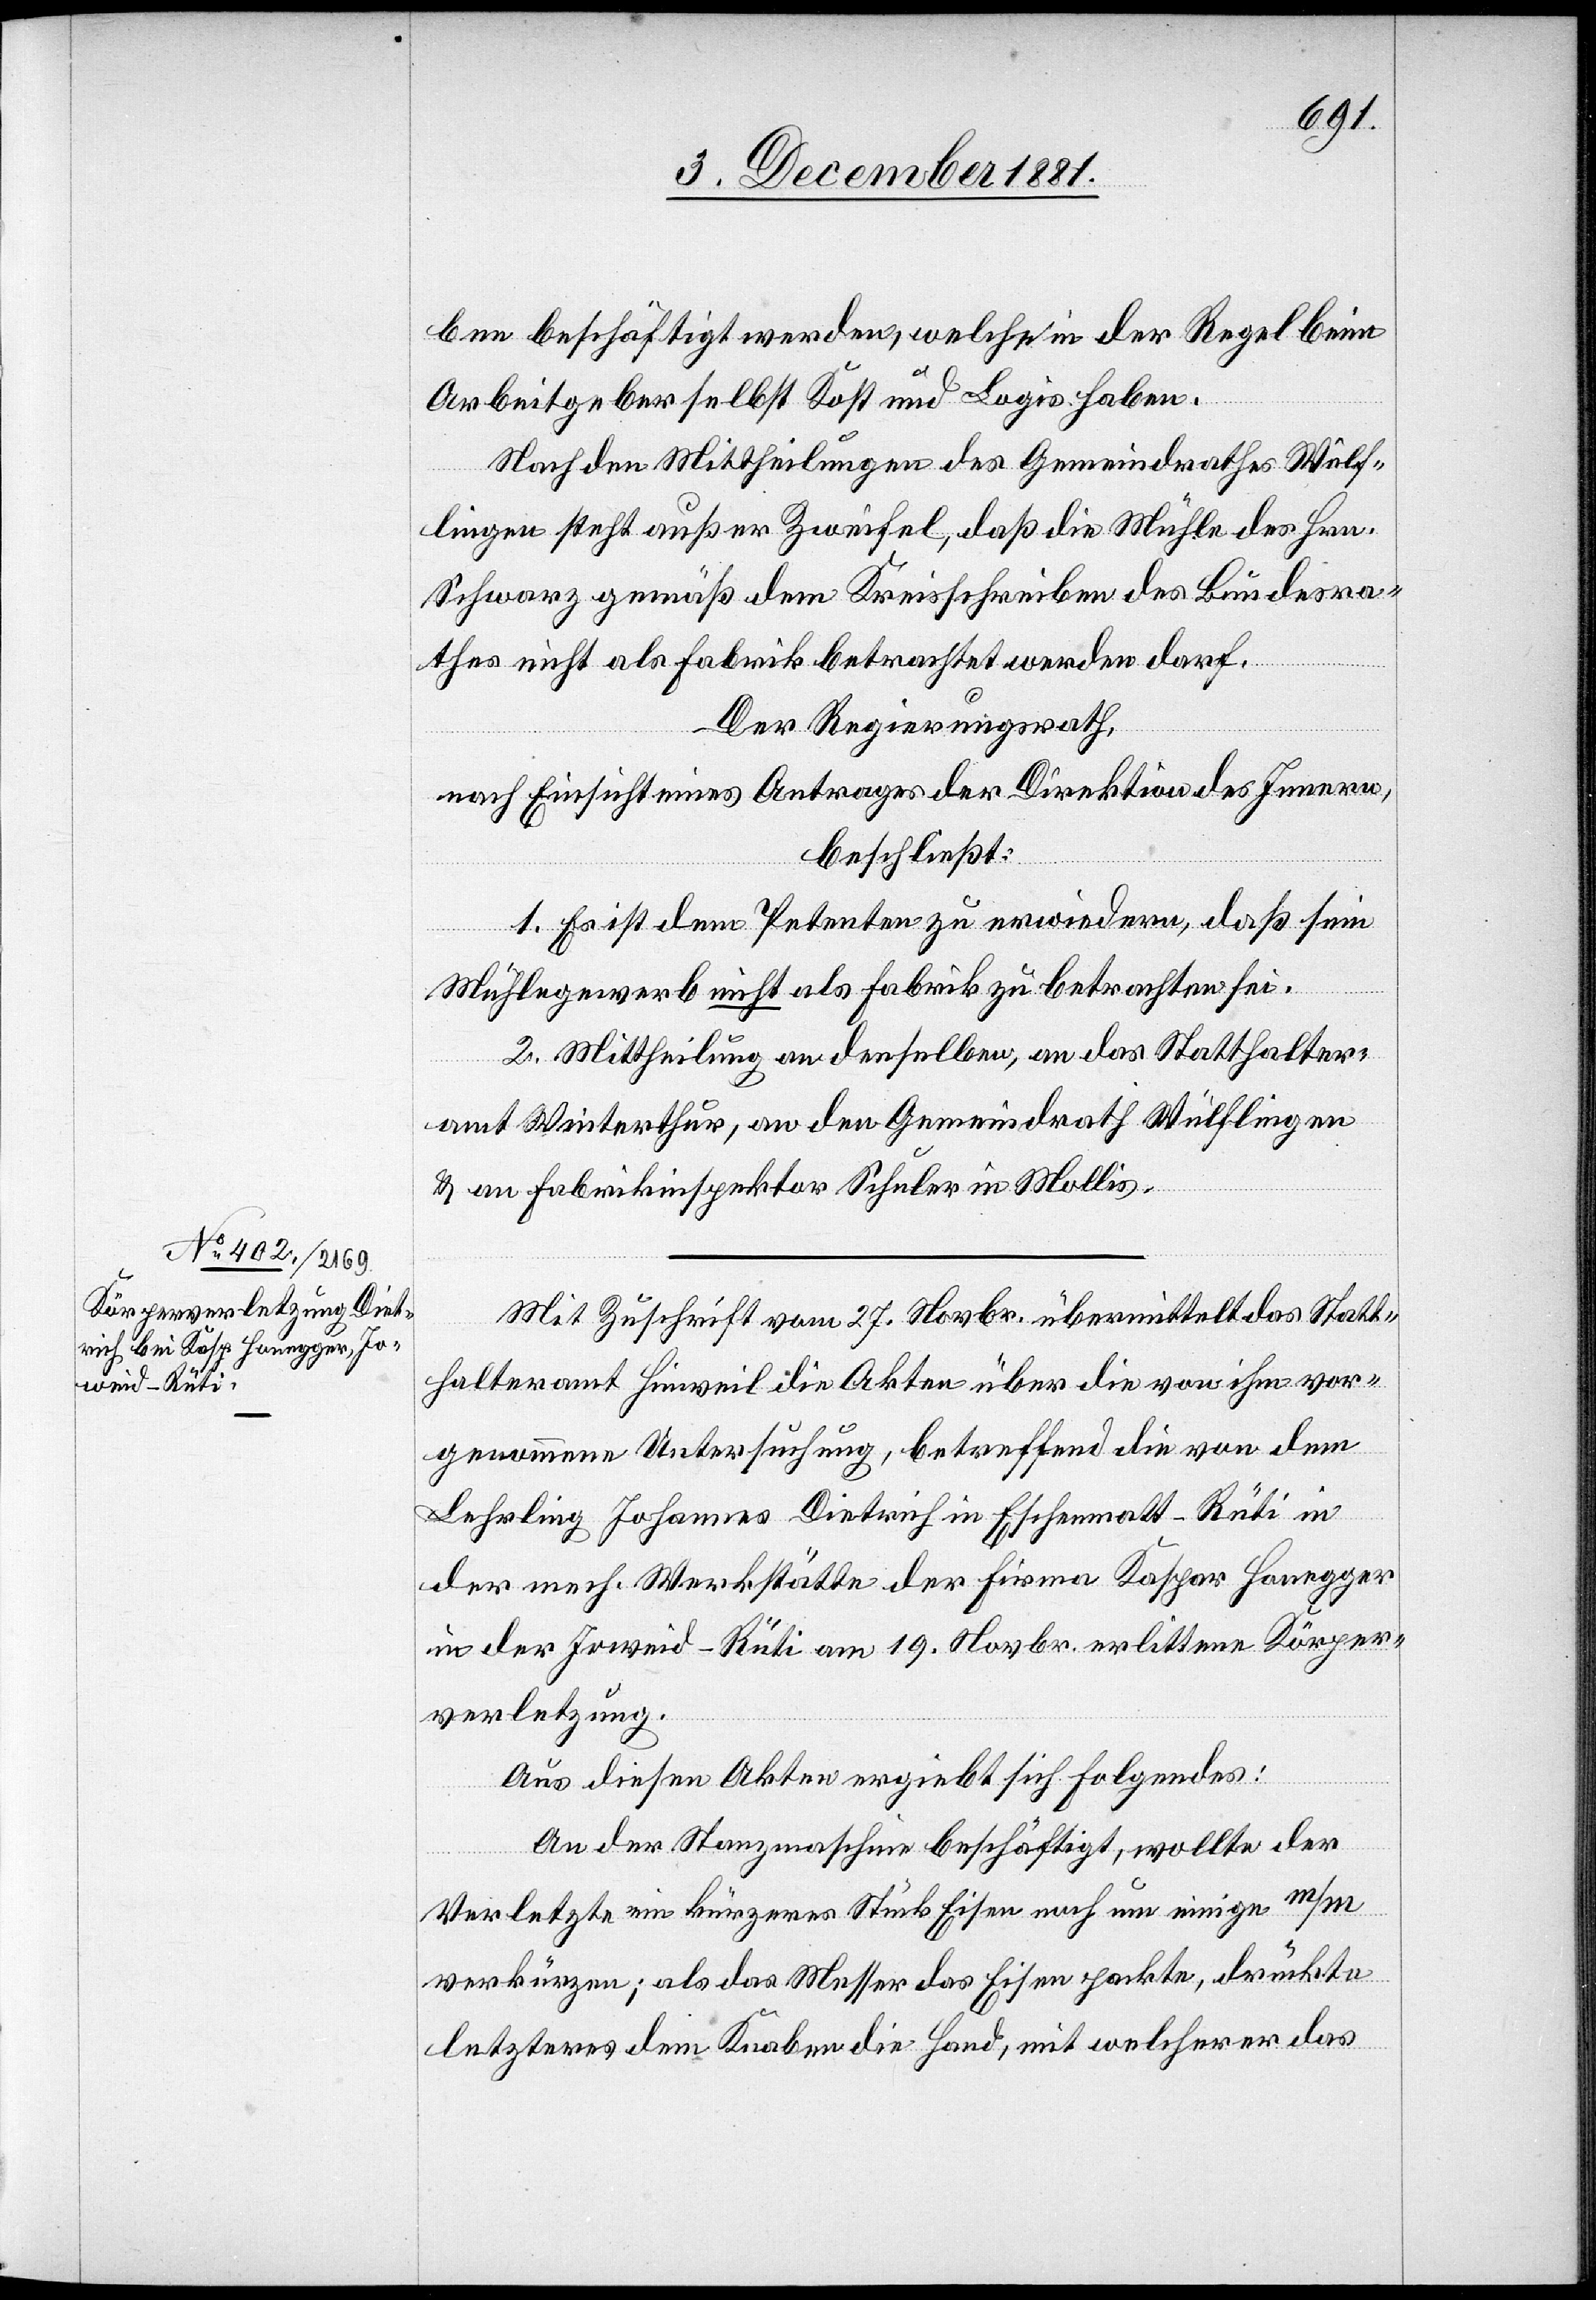
ben beschäftigt werden, welche in der Regel beim
Arbeitgeber selbst Kost und Logis haben.
Nach den Mittheilungen des Gemeindrathes Wülf¬
lingen steht außer Zweifel, daß die Mühle des Hrn.
Schwarz gemäß dem Kreisschreiben des Bundesra¬
thes nicht als Fabrik betrachtet werden darf.
Der Regierungsrath,
nach Einsicht eines Antrages der Direktion des Innern,
beschließt:
1. Es ist dem Petenten zu erwiedern, daß sein
Mühlegewerb nicht als Fabrik zu betrachten sei.
2. Mittheilung an denselben, an das Statthalter¬
amt Winterthur, an den Gemeindrath Wülflingen
& an Fabrikinspektor Schuler in Mollis.
Mit Zuschrift vom 27. Novbr. übermittelt das Statt¬
halteramt Hinweil die Akten über die von ihm vor¬
genommene Untersuchung, betreffend die von dem
Lehrling Johannes Dietrich in Eschenmatt - Rüti in
der mech. Werkstätte der Firma Kaspar Honegger
in der Joweid - Rüti am 19. Novbr. erlittene Körper¬
verletzung.
Aus diesen Akten ergibt sich Folgendes:
An der Stanzmaschine beschäftigt, wollte der
Verletzte ein kürzeres Stück Eisen noch um einige m/m
verkürzen; als das Wasser das Eisen packte, drückte
letzteres dem Knaben die Hand, mit welcher er das